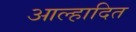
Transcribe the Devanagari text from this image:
आल्हादित